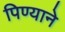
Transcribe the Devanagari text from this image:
पिण्याने